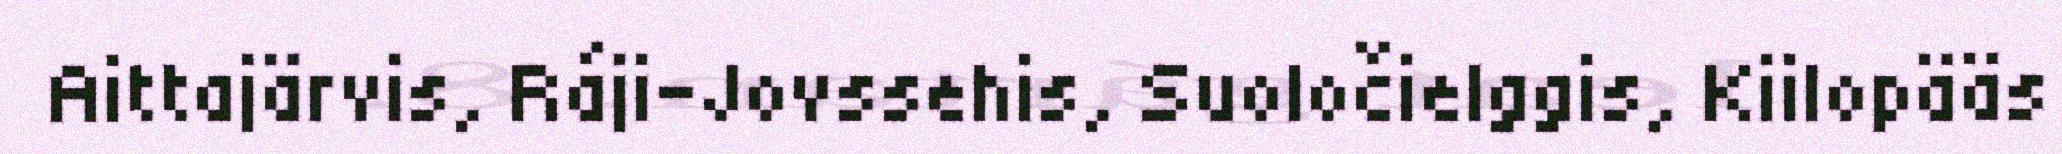
Aittajärvis, Ráji-Jovssehis, Suoločielggis, Kiilopääs